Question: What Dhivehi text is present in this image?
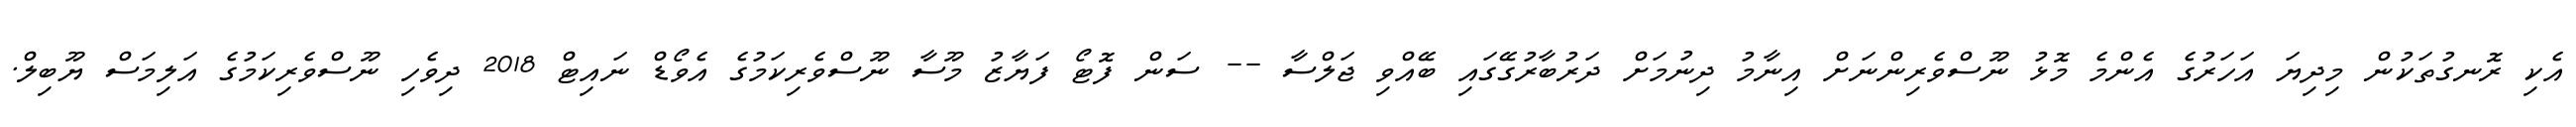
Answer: އެކި ރޮނގުތަކުން މިދިޔަ އަހަރުގެ އެންމެ މޮޅު ނޫސްވެރިންނަށް އިނާމު ދިނުމަށް ދަރުބާރުގޭގައި ބޭއްވި ޖަލްސާ -- ސަން ފޮޓޯ ފަޔާޒު މޫސާ ނޫސްވެރިކަމުގެ އެވޯޑް ނައިޓް 2018 ދިވެހި ނޫސްވެރިކަމުގެ އަލިމަސް ޔޫބިލް.